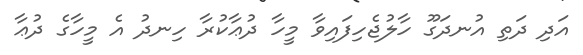
އަދި ދަތި އުނދަގޫ ހާލުޖެހިފައިވާ މީހާ ދުޢާކުރާ ހިނދު އެ މީހާގެ ދުޢާ